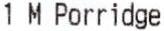
1 M PORRIDGE